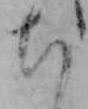
ち